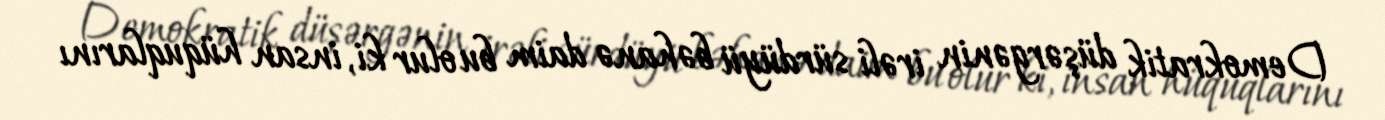
Demokratik düşərgənin irəli sürdüyü bəhanə daim bu olur ki, insan hüquqlarını